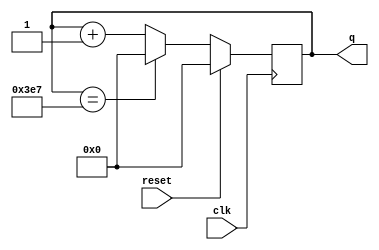
module top_module (
    input clk,
    input reset,
    output [9:0] q);
    
    always @(posedge clk) begin
        if (reset)
            q <= 10'd0;
        else if (q == 10'd999)
            q <= 10'd0;
        else
            q<= q + 1;
    end
    
endmodule